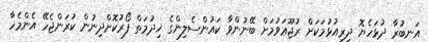
އަނބުރާ ދުޅަހެޔޮ ދިރިއުޅުމަކަށް ރުޖޫޢަވުމަށް ބޭނުންވާ ކައުންސެލިންގެ ޚިދުމަތް ފޯރުކޮށްދިނުން ކުރަންޖެހޭ އެންމެހާ